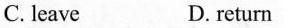
C. leave D, return